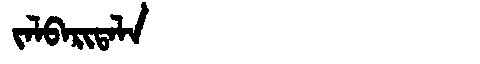
Manchu: ᠵᠠᠯᠪᠠᡵᡳᡨᠠᠯᠠ
Romanization: JALBARITALA